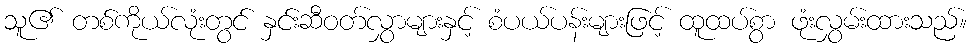
သူ၏ တစ်ကိုယ်လုံးတွင် နှင်းဆီဝတ်လွှာများနှင့် စံပယ်ပန်းများဖြင့် ထူထပ်စွာ ဖုံးလွှမ်းထားသည်။